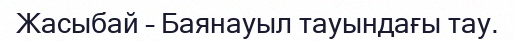
Жасыбай – Баянауыл тауындағы тау.